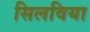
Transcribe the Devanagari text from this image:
सिलविया